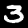
Label: 3